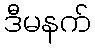
ဒီမနက်